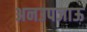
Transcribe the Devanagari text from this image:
अनउपजाऊ